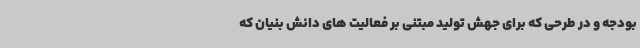
بودجه و در طرحی که برای جهش تولید مبتنی بر فعالیت های دانش بنیان که